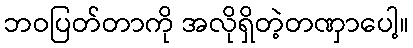
ဘဝပြတ်တာကို အလိုရှိတဲ့တဏှာပေါ့။